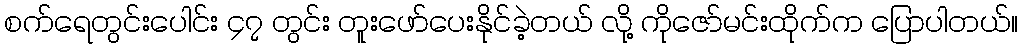
စက်ရေတွင်းပေါင်း ၄၇ တွင်း တူးဖော်ပေးနိုင်ခဲ့တယ် လို့ ကိုဇော်မင်းထိုက်က ပြောပါတယ်။